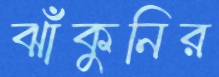
ঝাঁকুনির